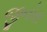
જીનોસ